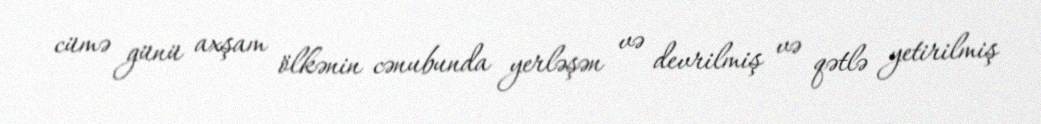
cümə günü axşam ölkənin cənubunda yerləşən və devrilmiş və qətlə yetirilmiş